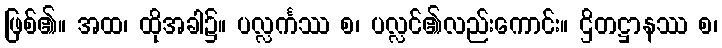
ဖြစ်၏။ အထ၊ ထိုအခါ၌။ ပလ္လင်္ကဿ စ၊ ပလ္လင်၏လည်းကောင်း။ ဌိတဋ္ဌာနဿ စ၊